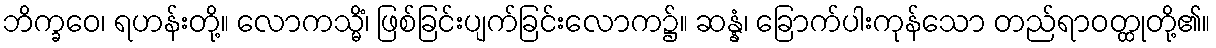
ဘိက္ခဝေ၊ ရဟန်းတို့။ လောကသ္မိံ၊ ဖြစ်ခြင်းပျက်ခြင်းလောက၌။ ဆန္နံ၊ ခြောက်ပါးကုန်သော တည်ရာဝတ္ထုတို့၏။